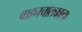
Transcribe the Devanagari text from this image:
वाहनचालकाला